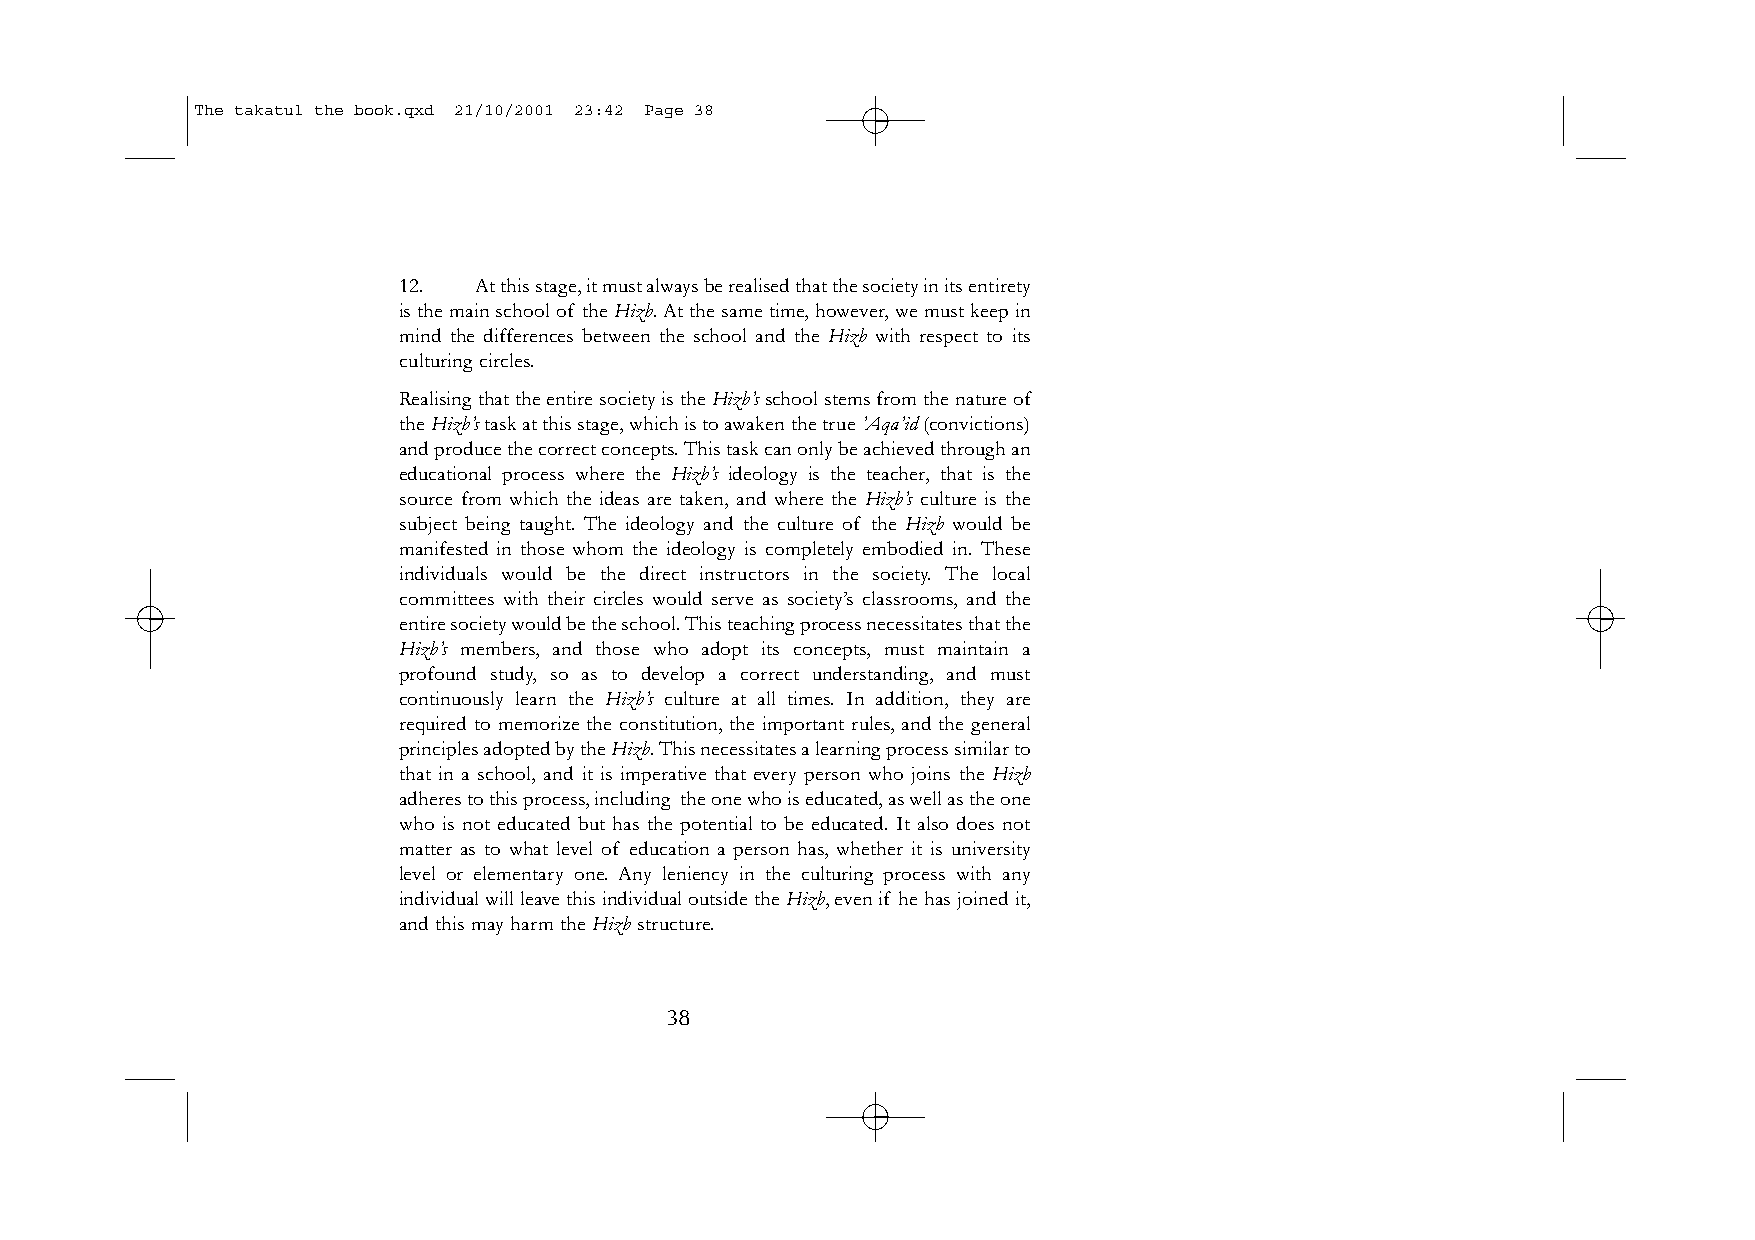
The takatul the book.qxd 21/10/2001 23:42 Page 38
 12.  At this stage,it must always be realised that the society in its entirety
 is the main school of the Hizb.At the same time,however,we must keep in
 mind the differences between the school and the Hizb with respect to its
 culturing circles.
 Realising that the entire society is the Hizb’sschool stems from the nature of
 the Hizb’stask at this stage,which is to awaken the true ’Aqa’id(convictions)
 and produce the correct concepts.This task can only be achieved through an
 educational process where the Hizb’s ideology is the teacher, that is the
 source from which the ideas are taken, and where the Hizb’s culture is the
 subject being taught. The ideology and the culture of the Hizb would be
 manifested in those whom the ideology is completely embodied in. These
 individuals would be the direct instructors in the society. The local
 committees with their circles would serve as society’s classrooms, and the
 entire society would be the school.This teaching process necessitates that the
 Hizb’s members, and those who adopt its concepts, must maintain a
 profound study, so as to develop a correct understanding, and must
 continuously learn the Hizb’s culture at all times. In addition, they are
 required to memorize the constitution, the important rules, and the general
 principles adopted by the Hizb.This necessitates a learning process similar to
 that in a school, and it is imperative that every person who joins the Hizb
 adheres to this process,including the one who is educated,as well as the one
 who is not educated but has the potential to be educated. It also does not
 matter as to what level of education a person has, whether it is university
 level or elementary one. Any leniency in the culturing process with any
 individual will leave this individual outside the Hizb,even if he has joined it,
 and this may harm the Hizbstructure.
 38